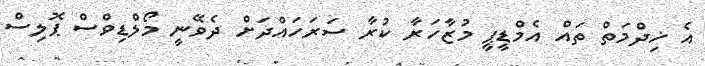
އެ ޚިދްމަތް ތައް އެމްޑީޕީ މުޒާހަރާ ކުރާ ސަރަހައްދަށް ދެވޭނީ މޯލްޑިވްސް ޕޮލިސް